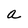
Character: a